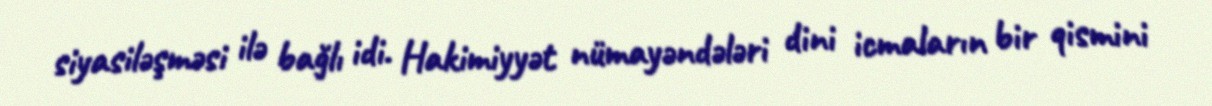
siyasiləşməsi ilə bağlı idi. Hakimiyyət nümayəndələri dini icmaların bir qismini